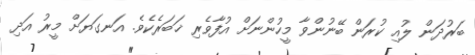
ބަރުދަން ލުއި ކުރަން ބޭނުންވާ މީހުންނަށް އުފާވެރި ޚަބަރެކެވެ. އަނގަޔަށް މީރު އަދި